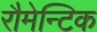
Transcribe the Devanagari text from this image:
रौमेन्टिक